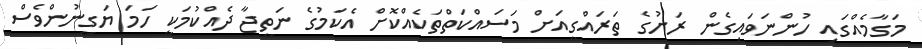
މަގާމެއްގައި ހުންނަވައިގެން ރަށުގެ ތަރައްގީއަށް މަސައްކަތްތަކެއްކޮށް އެކަމުގެ ނަތީޖާ ދެއްކުމަކީ ހަމަ ޔަގީނުންވެސް